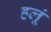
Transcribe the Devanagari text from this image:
हलूं